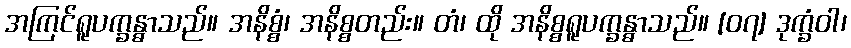
အကြင်ရူပက္ခန္ဓာသည်။ အနိစ္စံ၊ အနိစ္စတည်း။ တံ၊ ထို အနိစ္စရူပက္ခန္ဓာသည်။ [၀၇] ဒုက္ခံဝါ၊